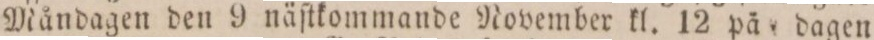
Måndagen den 9 näſtkommande November kl. 12 på dagen